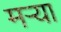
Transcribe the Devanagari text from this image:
मर्‍या